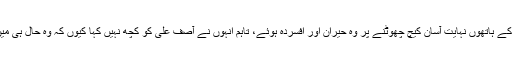
ان کا مزید کہنا تھا کہ آصف علی کے ہاتھوں نہایت آسان کیچ چھوٹنے پر وہ حیران اور افسردہ ہوئے، تاہم انہوں نے آصف علی کو کچھ نہیں کہا کیوں کہ وہ حال ہی میں ایک سانحے کا شکار ہوئے ہیں۔